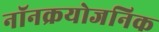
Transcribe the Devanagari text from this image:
नॉनक्रयोजनिक